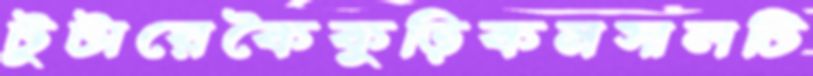
টুটায়েকৈকুড়িকনসালটি